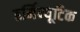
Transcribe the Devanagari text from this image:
हर्मिन्यूटिक